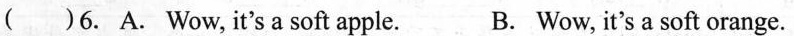
( )6. A. Wow, it's a soft apple. B. Wow, it's a soft orange.